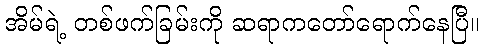
အိမ်ရဲ့ တစ်ဖက်ခြမ်းကို ဆရာကတော်ရောက်နေပြီ။